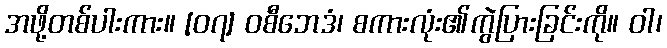
အဖို့တစ်ပါးကား။ [၀၇] ဝစီဘေဒံ၊ စကားလုံး၏ကွဲပြားခြင်းကို။ ဝါ၊